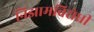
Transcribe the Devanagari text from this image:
निझामविरोधी